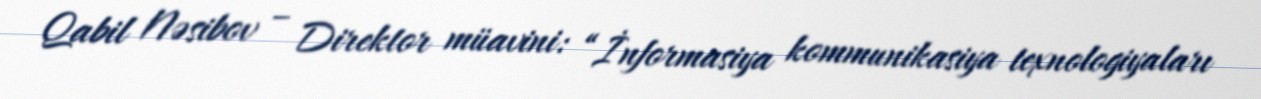
Qabil Nəsibov – Direktor müavini: “İnformasiya kommunikasiya texnologiyaları